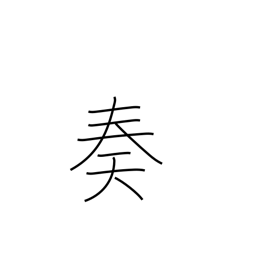
Meaning: complete